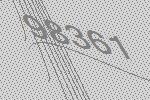
98361